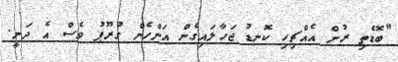
"ބޮޑެތި ރުށް އެއްޗިހި ކޮނޑު ޖަހާލައިގެން އަންހެން ގުރޫޕު ވެސް އެ ދަނީ.